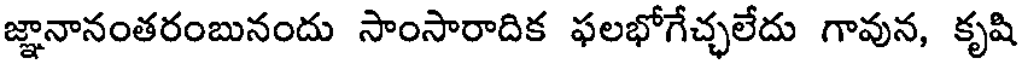
జ్ఞానానంతరంబునందు సాంసారాదిక ఫలభోగేచ్చలేదు గావున, కృషి